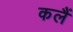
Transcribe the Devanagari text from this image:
कलैं